Vaccination in Bombay 1889-1901 - 1889-1901
Year: 1889
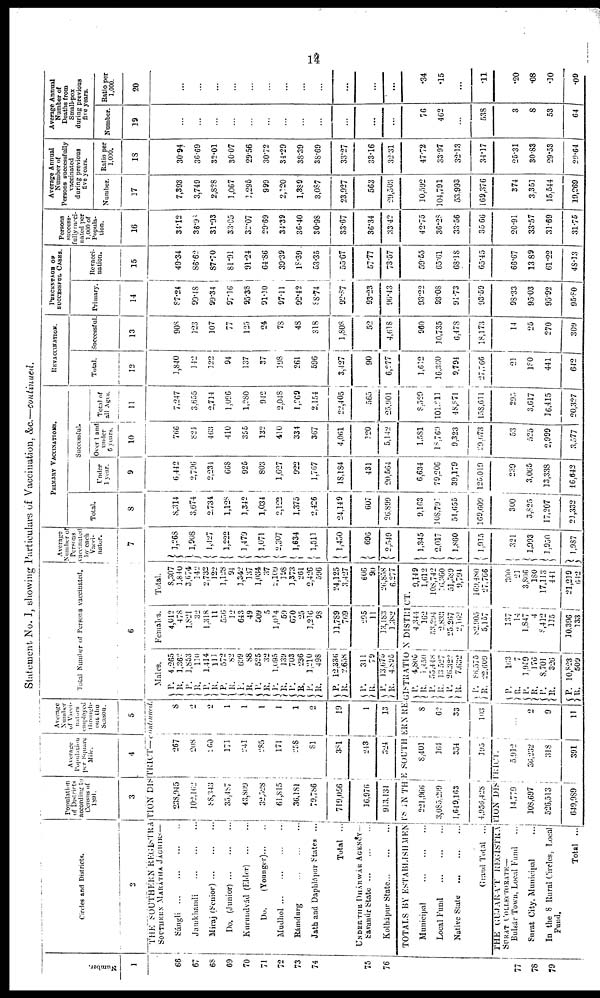
14
Statement No. I, showing Particulars of Vaccination, &c.—continued.
Number.
1
66
67
68
69
70
71
72
73
74
75
76
77
78
79
Circles and Districts.
2
Population
of Districts
according to
Census of
1891.
3
Average
Population
per Square
Mile.
4
Average
Number
of Vacci¬
nators
employed
through¬
out the
Season.
5
THE SOUTHERN REGISTRATION DISTRICT—continued.
SOUTHERN MARÁTHA JÁCHIRS—
Sángli...
...
...
...
Jamkhandi
...
...
...
Miraj
(Senior)...
...
...
Do.
(Junior)...
...
...
Kurundvád (Elder)
...
...
Do.
(Younger)... ...
Mudhol... ... ... ...
Rámdurg
...
...
...
Jath and Daphlápur States ...
Total ...
UNDER THE DHÁRWÁR AGENCY—
Savanúr
State...
...
...
Kolhápur
State...
...
...
238,945
102,162
88,343
35,487
43,809
32,528
61,815
36,181
79,786
719,056
16,976
913,131
267
208
260
171
241
285
171
258
81
381
243
324
8
2
2
1
1
1
1
1
2
19
1
13
Total Number of Persons vaccinated.
6
Males.
P.
R. P.
R.
P.
R.
P.
R.
P.
R.
P.
R.
P.
R.
P.
R.
P.
R.
P.
R.
4,265
1,362
1,853
110
1,414
111
572
82
699
88
525
32
1,095
139
703
236
1,210
498
12,336
2,658
P. R.
P.
R.
311
79
13,675
4,895
Females.
4,042
478
1,821
32
1,318
11
556
12
643
49
509
5
1,014
59
670
25
1,216
98
11,789
769
295
11
13,183
1,382
Total.
8,307
1,840
3,674
142
2,732
122
1,128
94
1,342
137
1,034
37
2,109
198
1,373
261
2,426
596
24,125
3,427
606
90
26,858
6,277
TOTALS BY ESTABLISHMENTS IN THE SOUTHERN REGISTRATION DISTRICT.
Municipal ... ... ...
Local Fund
...
...
...
Native State
...
...
...
Grand Total ...
221,966
3,085,299
1,649,163
4,956,428
8,401
164
354
195
THE GUJARAT
REGISTRATION DISTRICT.
SURAT COLLECTORATE—
Bulsár Town, Local Fund ...
Surat City, Municipal
...
In the 8 Rural Circles, Local
Fund.
Total ...
14,779
108,697
526,513
649,989
5,912
36,232
318
391
8
62
33
103
...
2
9
11
P.
R.
P.
R.
P.
R.
P.
R.
4,805
1,450
55,448
13,527
26,322
7,632
86,575
22,609
P.
R.
P.
R.
P.
R.
P.
R.
163
7
1,959
176
8,701
326
10,823
509
4,344
162
53,294
2,833
25,267
2,162
82,905
5,157
137
14
1,847
4
8,412
115
10,396
133
9,149
1,612
108,742
16,360
51,589
9,794
169,480
27,766
300
21
3,806
180
17,113
441
21,219
642
Average
Number of
Persons
vaccinated
by each
Vacci¬
nator.
7
1,268
1,908
1,427
1,222
1,479
1,071
2,307
1,634
1,511
1,450
696
2,549
1,345
2,017
1,860
1,915
321
1,993
1,950
1,987
PRIMARY VACCINATIONS.
Total.
8
8,314
3,674
2,734
1,128
1,342
1,034
2,122
1,375
2,426
24,149
607
26,899
9,163
108,791
51,655
169,609
300
3,825
17,207
21,332
Successful.
Under
1 year.
9
6,442
2,796
2,234
668
925
803
1,627
922
1,767
18,184
431
20,564
6,634
79,206
39,179
125,019
239
3,065
13,338
16,642
Over 1 and
under
6 years.
10
766
824
463
410
355
132
410
334
367
4,061
320
5,142
1,581
18,769
9,323
29,673
53
525
2,999
3,577
Total of
all Ages.
11
7,247
3,655
2,714
1,096
1,280
942
2,048
1,269
2,154
22,405
565
25,901
8,529
101,211
48,871
158,611
295
3,617
16,415
20,327
REVACCNATION.
Total.
12
1,840
142
122
94
137
37
198
261
596
3,427
90
6,277
1,612
16,360
9,794
27,766
21
180
441
642
Successful.
13
908
123
107
77
125
24
78
48
318
1,808
52
4,618
960
30,735
6,478
18,173
14
25
270
309
PERCENTAGE OF
SUCCESSFUL CASES.
Primary.
14
87.24
99.48
99.34
97.16
95.38
91.10
97.11
92.42
88.74
92.87
93.23
96.43
93.22
93.08
91.73
93.59
98.33
95.03
95.92
95.80
Revacci¬
nation.
15
49.34
86.62
87.70
81.91
91.24
64.86
39.39
18.39 .
53.35
55.67
57.77
73.57
59.55
65.61
68.18
65.45
66.67
13.89
61.22
48.13
Persons
success-
fully vacci¬
nated per
1,000 of
Popula-
tion.
16
34.12
36.98
31.93
33.05
32.07
29.69
34.39
36.40
30.98
33.67
36.34
33.42
42.75
36.28
33.56
35.66
20.91
33.57
31.69
31.75
Average Annual
Number of
Persons successfully
vaccinated
during previous
five years.
Number.
17
7,393
3,749
2,828
1,067
1,295
999
2,120
1,389
3,087
23,927
563
29,503
10,592
104,791
53,993
169,376
374
3,351
15,544
19,269
Ratio per
1,000.
18
30.94
36.69
32.01
30.07
29.56
30.72
34.29
38.39
38.69
33.27
33.16
32.31
47.72
33.97
32.13
34.17
25.31
30.83
29.53
29.64
Average Annual
Number of
Deaths from
Small-pox
during previous
five years.
Number.
19
...
...
...
...
...
...
...
...
...
...
...
...
76
462
...
538
3
8
53
64
Ratio per
1,000.
20
...
...
...
...
...
...
...
...
...
...
...
...
.34
.15
...
.11
.20
.08
.10
.09